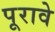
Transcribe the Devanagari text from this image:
पूरावे